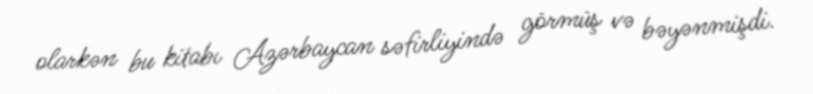
olarkən bu kitabı Azərbaycan səfirliyində görmüş və bəyənmişdi.